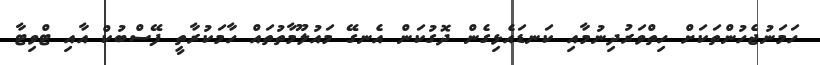
ހަމަނުޖެހުންތަކަށް ހިތްވަރުދިނުމާއި ކަނޑައެޅިގެން ދޮގުކަން އެނގޭ މައުލޫމާތުތައް ހާމަކުރާތީ ފޭސްބުކް އާއި ޓްވިޓާ